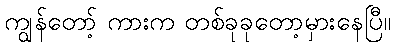
ကျွန်တော့် ကားက တစ်ခုခုတော့မှားနေပြီ။